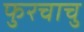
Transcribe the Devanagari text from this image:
फुरचाचु